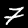
Label: 7